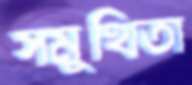
সমুত্থিতা